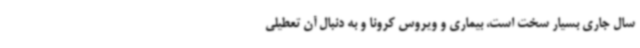
سال جاری بسیار سخت است، بیماری و ویروس کرونا و به دنبال آن تعطیلی